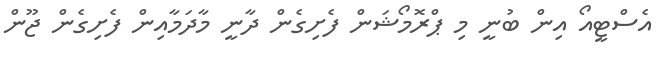
އެސްޓީއޯ އިން ބުނީ މި ޕްރޮމޯޝަން ފެށިގެން ދާނީ މާދަމާއިން ފެށިގެން ޖޫން